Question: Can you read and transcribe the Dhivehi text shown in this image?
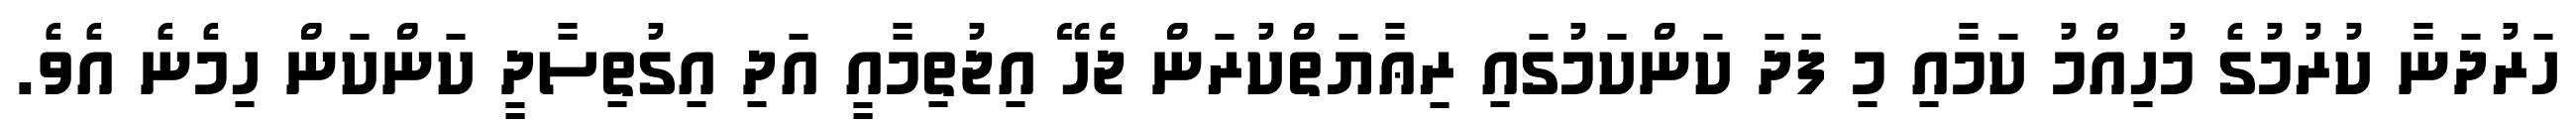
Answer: ހަރުދަނާ ކުރުމުގެ މުހިއްމު ކަމާއި މި ފަދަ ކަންކަމުގައި ރިޢާޔަތްކުރަން ޖެހޭ އިޖުތިމާއީ އަދި އިގުތިސާދީ ކަންކަން ހިމެނެ އެވެ.